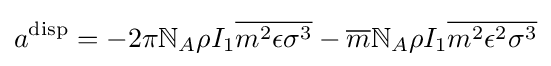
a^{\text{disp}}=-2\pi \mathbb {N} _{A}\rho I_{1}{\overline {m^{2}\epsilon \sigma ^{3}}}-{\overline {m}}\mathbb {N} _{A}\rho I_{1}{\overline {m^{2}\epsilon ^{2}\sigma ^{3}}}